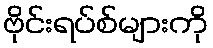
ဗိုင်းရပ်စ်များကို